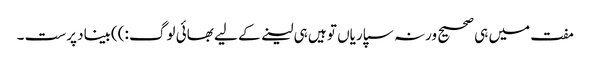
مفت میں ہی صحیح ورنہ سپاریاں تو ہیں ہی لینے کے لیے بھائی لوگ :))بیناد پرست ۔